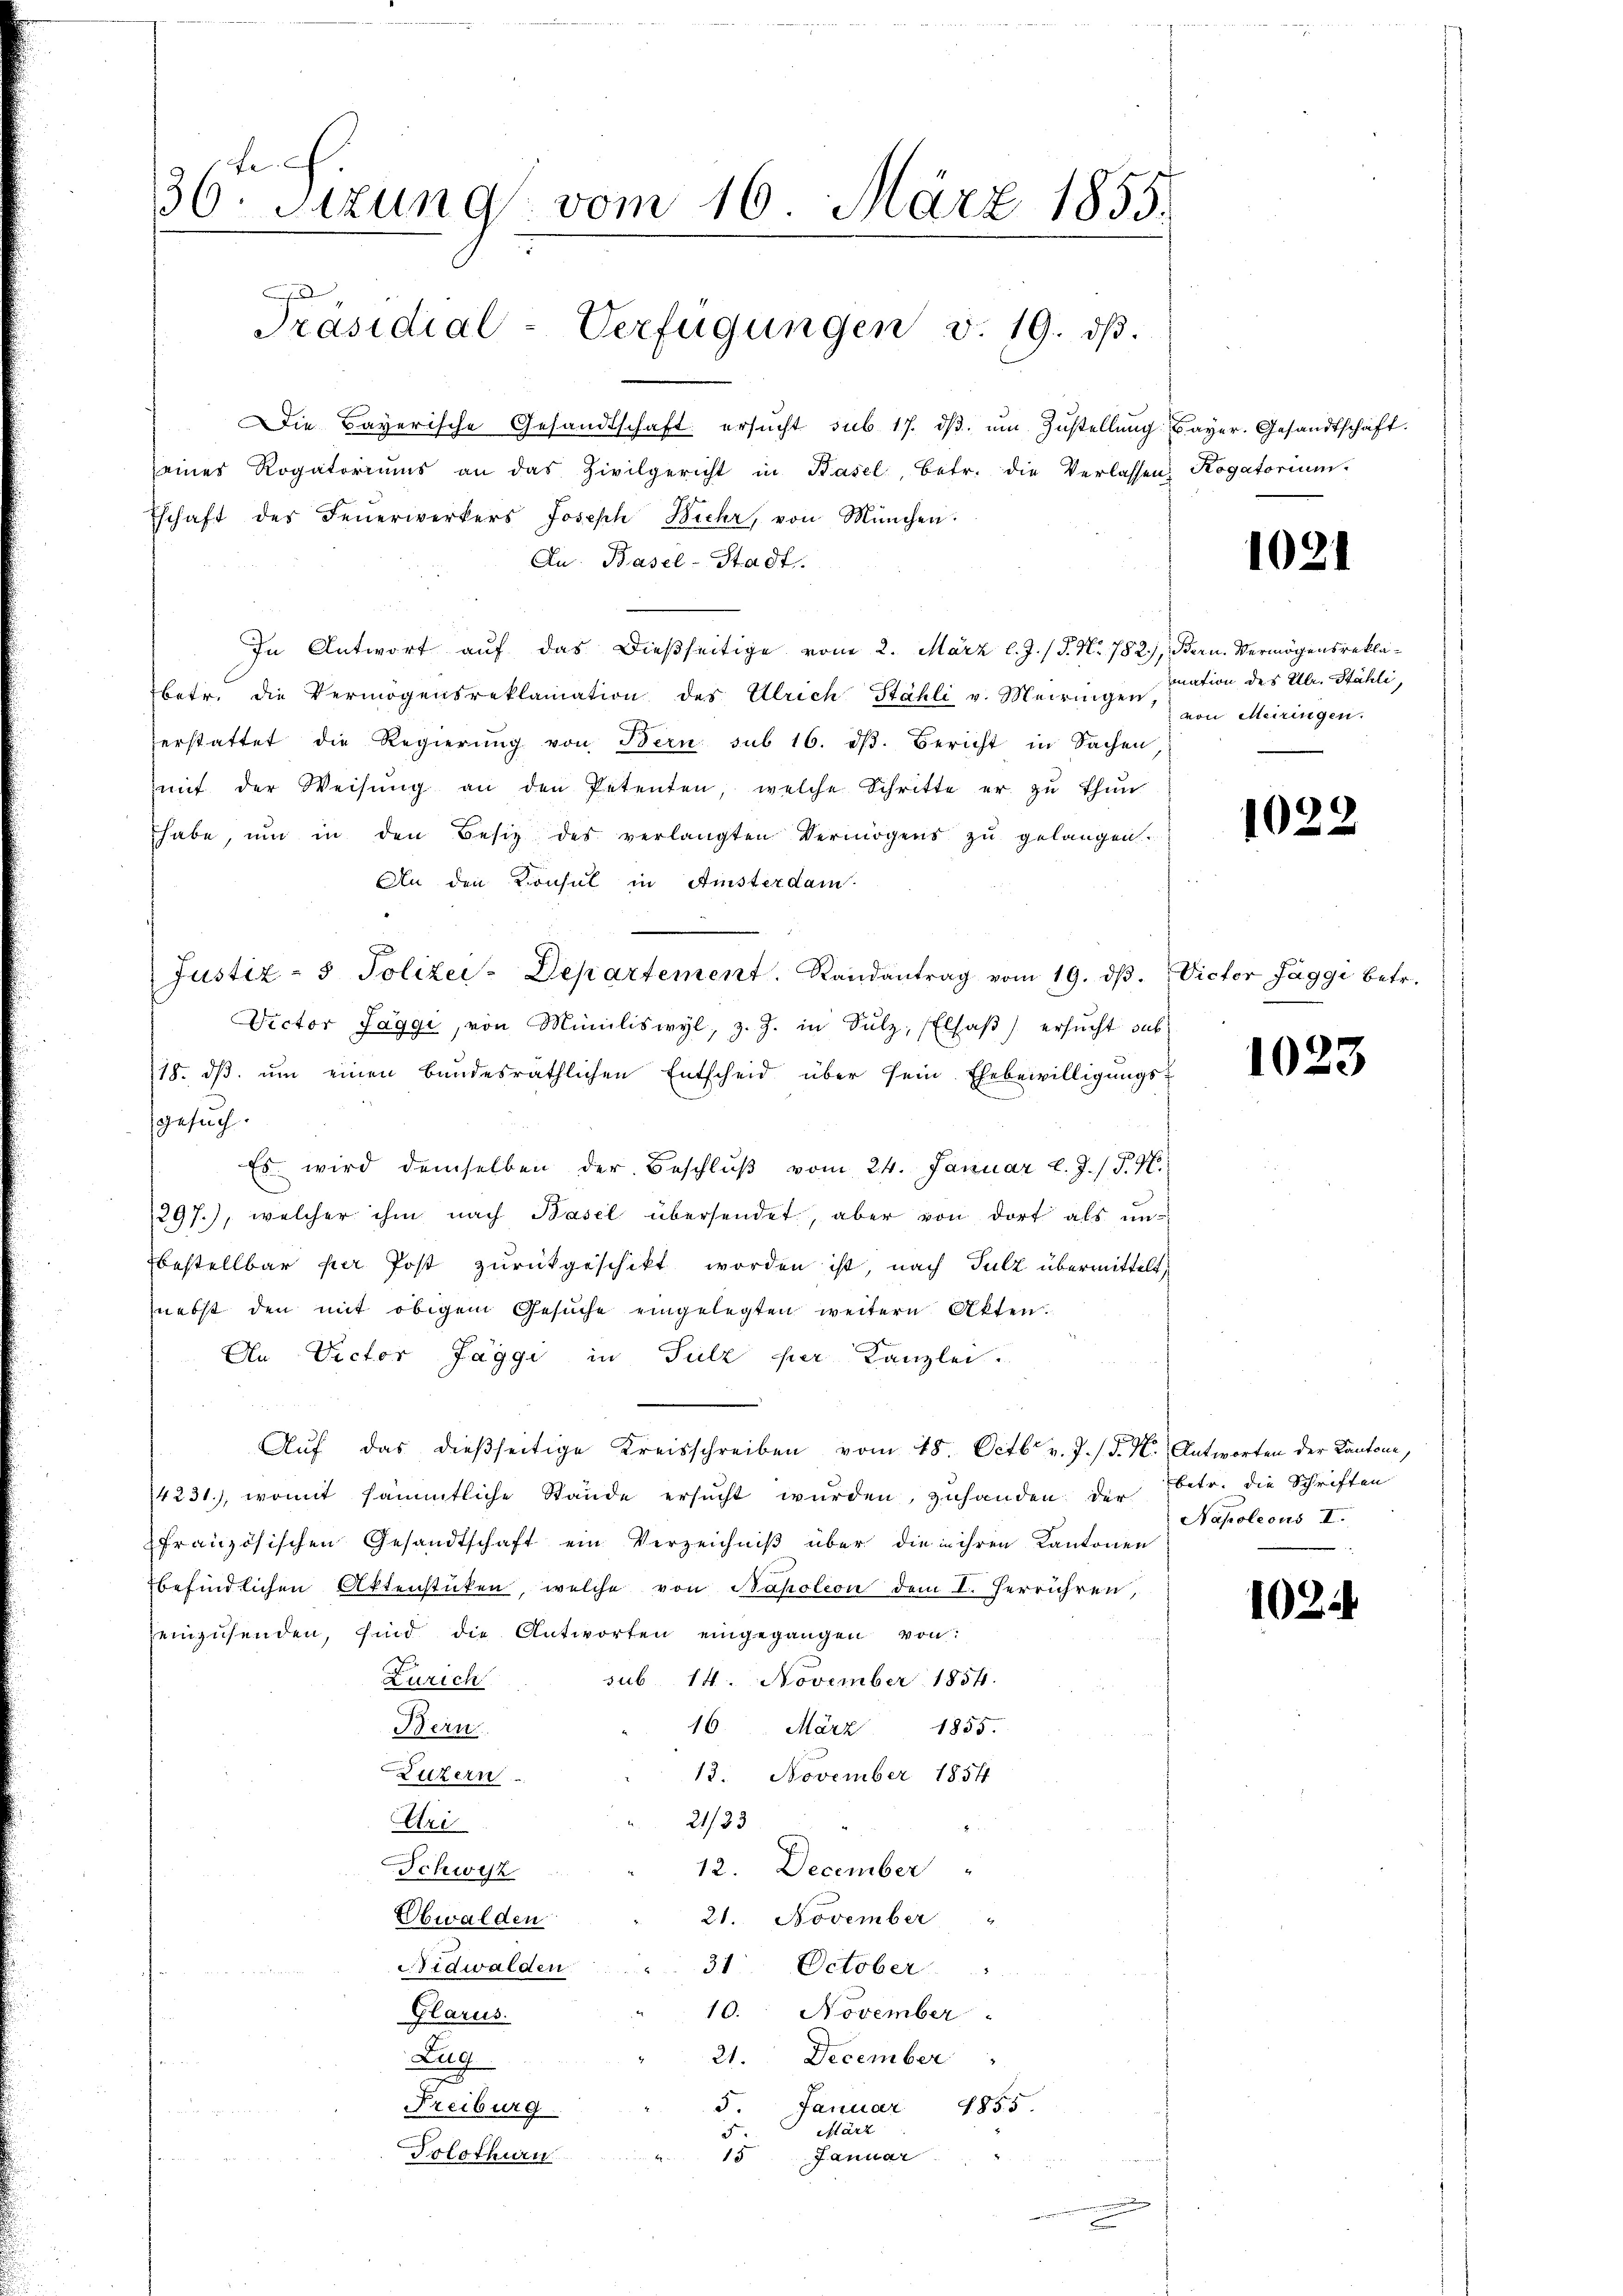
36. Sizung vom 16. März 1855.
Präsidial-Verfügungen v. 19. dβ.

seines Rogatoriums an das Zivilgericht in Basel, betr. die Verlassen Rogatorium
Eschaft des Feŭerwerkers Joseph Biche, von München.
Au. Basel-Stadt.
In Antwort auf das dießseitige vom 2. März l. J. / P. Nr. 782), Bern. Vermögensreklabetr. die Vermögensreklamation des Ulrich Stähli v. Meiringen,
herstattet die Regierung von Bern sub 16. dβ. Bericht in Sachen
mit der Weisŭng an den Petenten, welche Schritte er zŭ thŭn
habe, ŭm in den Besitz des verlangten Vermögens zu gelangen.
An den Konsul in Amsterdam.
Justiz- & Polizei-Departement. Randantrag vom 19. dβ. Victor Jaggi betr.
Victor Jaggi, von Miiliswyl, z. Z. in Sulz, Elsaβ) ersŭcht sub
18. dβ ŭm einen bandesräthlichen Entscheid über sein Ehebewilligungs-
gesuch.
Es wird demselben der Beschlŭβ vom 24. Januar l. J. / P. M.
297), welcher ihm nach Basel übersendet, aber von dort als un-
bestellbar per Post zurückgeschikt worden ist, nach Sulz übermittelt,
nebst den mit obigem Gesŭche eingelegten weitern Akten.
An Victor Jaggi in Sulz per Kanzlei.
Aŭf das dießseitige Kreisschreiben vom 28. Octb. v. J. d. M. Antworten der Kantone,
14231), womit sämmtliche Stande ersŭcht würden, zuhanden der
französischen Gesandtschaft ein Verzeichniß über die in ihren Kantonen
befindlichen Aktenstücken, welche von Napoleon dem I. herrühren,
einzusenden, sind die Antworten eingegangen von:
sub 14. November 1854.
Zürich
Bern.
16. März 1855.
Luzern
13. November 1854
21/33
Uri
Schweiz
12. December "
Obwalden
21. November
Nidwalden
31 October
10. November
Glarus.
21.
December
Zug
u
5.
Januar
Freiburg
1855.
un
März
F.
Solothurn
Januar
15

Die Bayerische Gesandtschaft ersucht, sub. 17. ds. um Zustellung bayer. Gesandtschaft.

1021

mation des Ulr. Stähli,
von Meiringen.

1022

1023

betr. die Schriften
Napoleous I.

102.